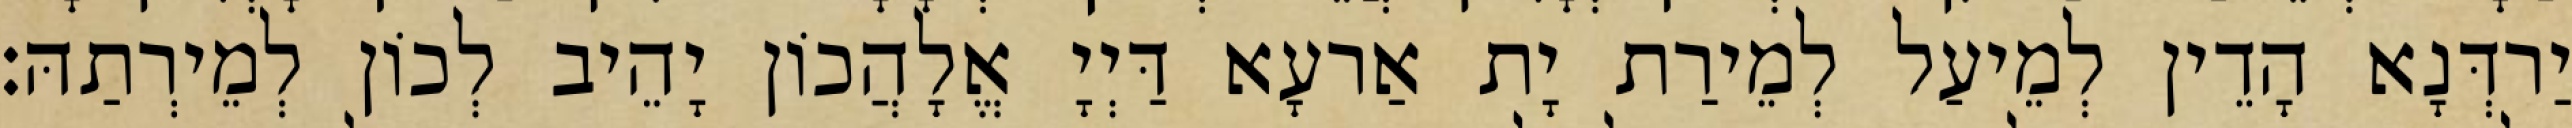
יַרדְּנָא הָדֵין לְמֵיעַל לְמֵירַת יָת אַרעָא דַּיְיָ אֱלָהֲכוֹן יָהֵיב לְכוֹן לְמֵירְתַהּ׃